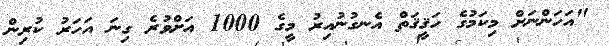
"އަހަންނަށް މިކަމުގެ ހަޤީޤަތް އެނގުނުއިރު މީގެ 1000 އަށްވުރެ ގިނަ އަހަރު ކުރިން